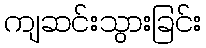
ကျဆင်းသွားခြင်း